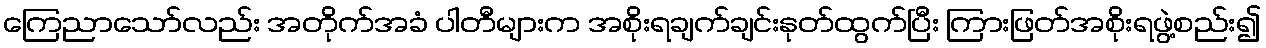
ကြေညာသော်လည်း အတိုက်အခံ ပါတီများက အစိုးရချက်ချင်းနုတ်ထွက်ပြီး ကြားဖြတ်အစိုးရဖွဲ့စည်း၍